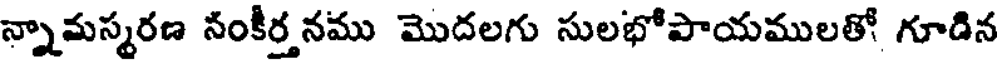
న్నామస్మరణ నంకీర్త నము మొదలగు సులభోపాయములతో గూడిన